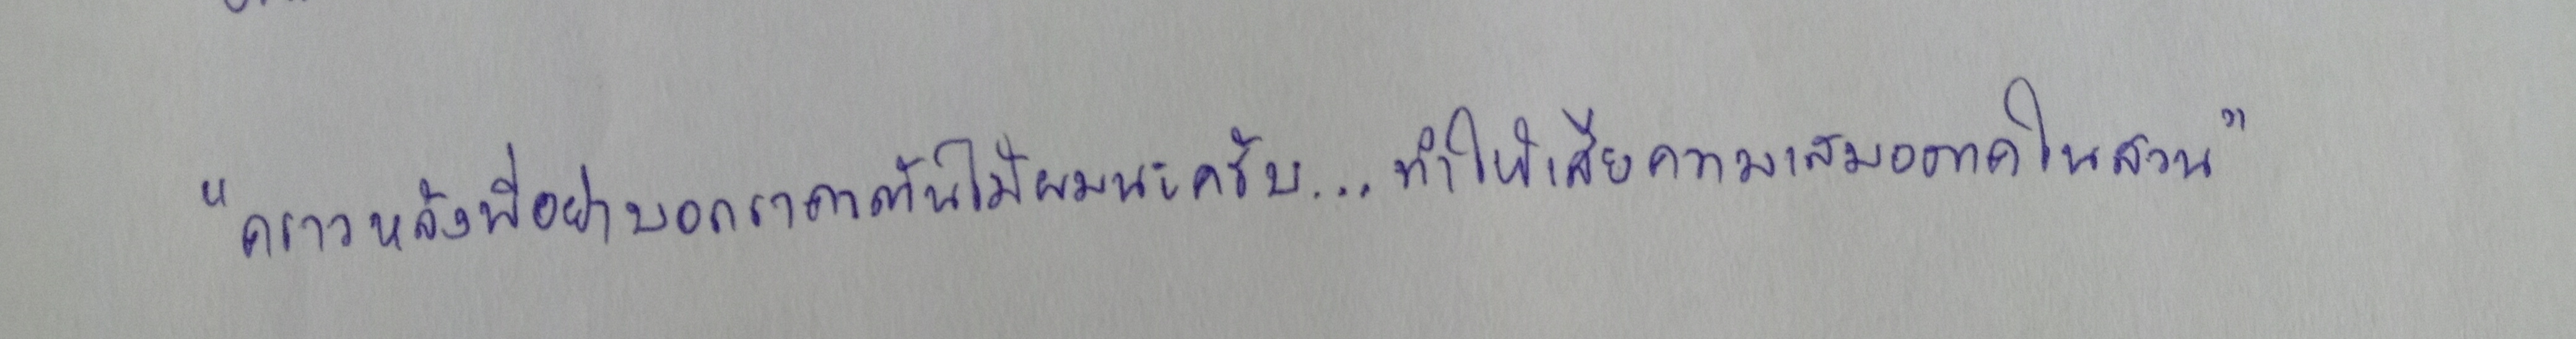
"คราวหลังพี่อย่าบอกราคาต้นไม้ผมนะครับ...ทำให้เสียความเสมอภาคในสวน"